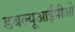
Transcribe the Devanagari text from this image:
डबल्यूआईपीओ